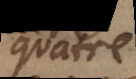
quatre